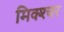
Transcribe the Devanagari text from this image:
मिक्‍श्‍चर